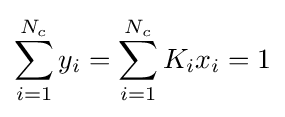
\sum _{i=1}^{N_{c}}y_{i}=\sum _{i=1}^{N_{c}}K_{i}x_{i}=1